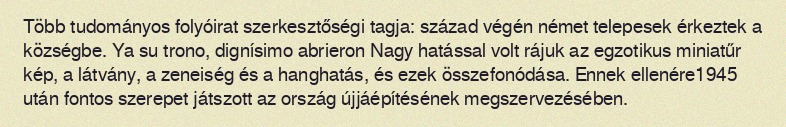
Több tudományos folyóirat szerkesztőségi tagja: század végén német telepesek érkeztek a községbe. Ya su trono, dignísimo abrieron Nagy hatással volt rájuk az egzotikus miniatűr kép, a látvány, a zeneiség és a hanghatás, és ezek összefonódása. Ennek ellenére1945 után fontos szerepet játszott az ország újjáépítésének megszervezésében.